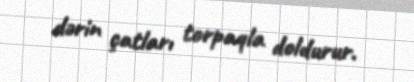
dərin çatları torpaqla doldurur.